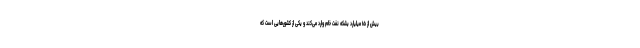
بیش از ۱۵ میلیارد بشکه نفت خام وارد می‌کند و یکی از کشورهایی است که